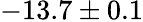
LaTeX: -13.7\pm 0.1